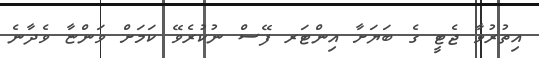
އިތުރުވާ ޖެޓީ ގެ ބަޔަށާ އިންޓަރ ފޭސް ނުކުރެވޭ ކަމަށް ވަންޏާ ވެދާނެ